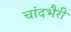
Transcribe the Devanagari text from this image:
चांदभैरी